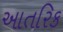
આતરિક